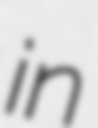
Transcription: in